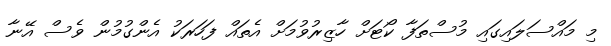
މި މައްސަލައިގައި މުސްތަފާ ކޯޓަށް ހާޒިރުވުމަށް އެތައް ފަހަރަކު އެންގުމުން ވެސް އޭނާ